Lunatic asylums United Provinces 1909-1921 - 1909-1921
Year: 1909
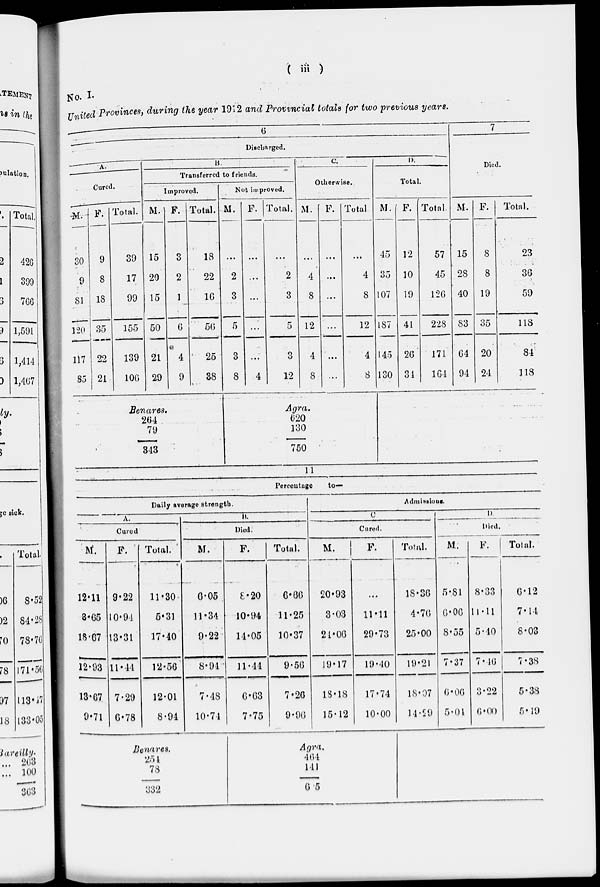
( iii )
No. I.
United Provinces, during the year 1912 and Provincial totals for two previous years.
6
Discharged.
A.
Cured.
M.
30
9
81
120
117
85
F.
9
8
18
35
22
21
Total.
39
17
99
155
139
106
B.
Transferred to friends
Improved.
M.
15
20
15
50
21
29
F.
3
2
1
6
4
9
Total.
18
22
16
56
25
38
Not improved.
M.
...
2
3
5
3
8
F.
...
...
...
...
...
4
Total.
...
2
3
5
3
12
C.
Otherwise.
M.
...
4
8
12
4
8
F.
...
...
...
...
...
...
Total
...
4
8
12
4
8
D.
Total.
M.
45
35
107
187
145
130
F.
12
10
19
41
26
34
Total.
57
45
126
228
171
164
7
Died.
M.
15
28
40
83
64
94
F.
8
8
19
35
20
24
Total.
23
36
59
118
84
118
Benares.
264
79
343
Agra.
620
130
750
11
Percentage
to-
Daily average strength.
A.
Cured.
M.
12.11
8.65
18.67
12.93
13.67
9.71
F.
9.22
10.94
13.31
11.44
7.29
6.78
Total.
11.30
5.31
17.40
12.56
12.01
8.94
B.
Died.
M.
6.05
11.34
9.22
8.94
7.48
10.74
F.
8.20
10.94
14.05
11.44
6.63
7.75
Total.
6.66
11.25
10.37
9.56
7.26
9.96
Admissions.
C.
Cured.
M.
20.93
3.03
24.06
19.17
13.18
15.12
F.
...
11.11
29.73
19.40
17.74
10.00
Total.
18.36
4.76
25.00
19.21
18.97
14.29
D.
Died.
M.
5.81
6.06
8.55
7.37
6.06
5.04
F.
8.33
11.11
5.40
7.46
3.22
6.00
Total.
6.12
7.14
8.03
7.38
5.38
5.19
Benares.
254
78
332
Agra.
464
141
605